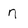
Character: n